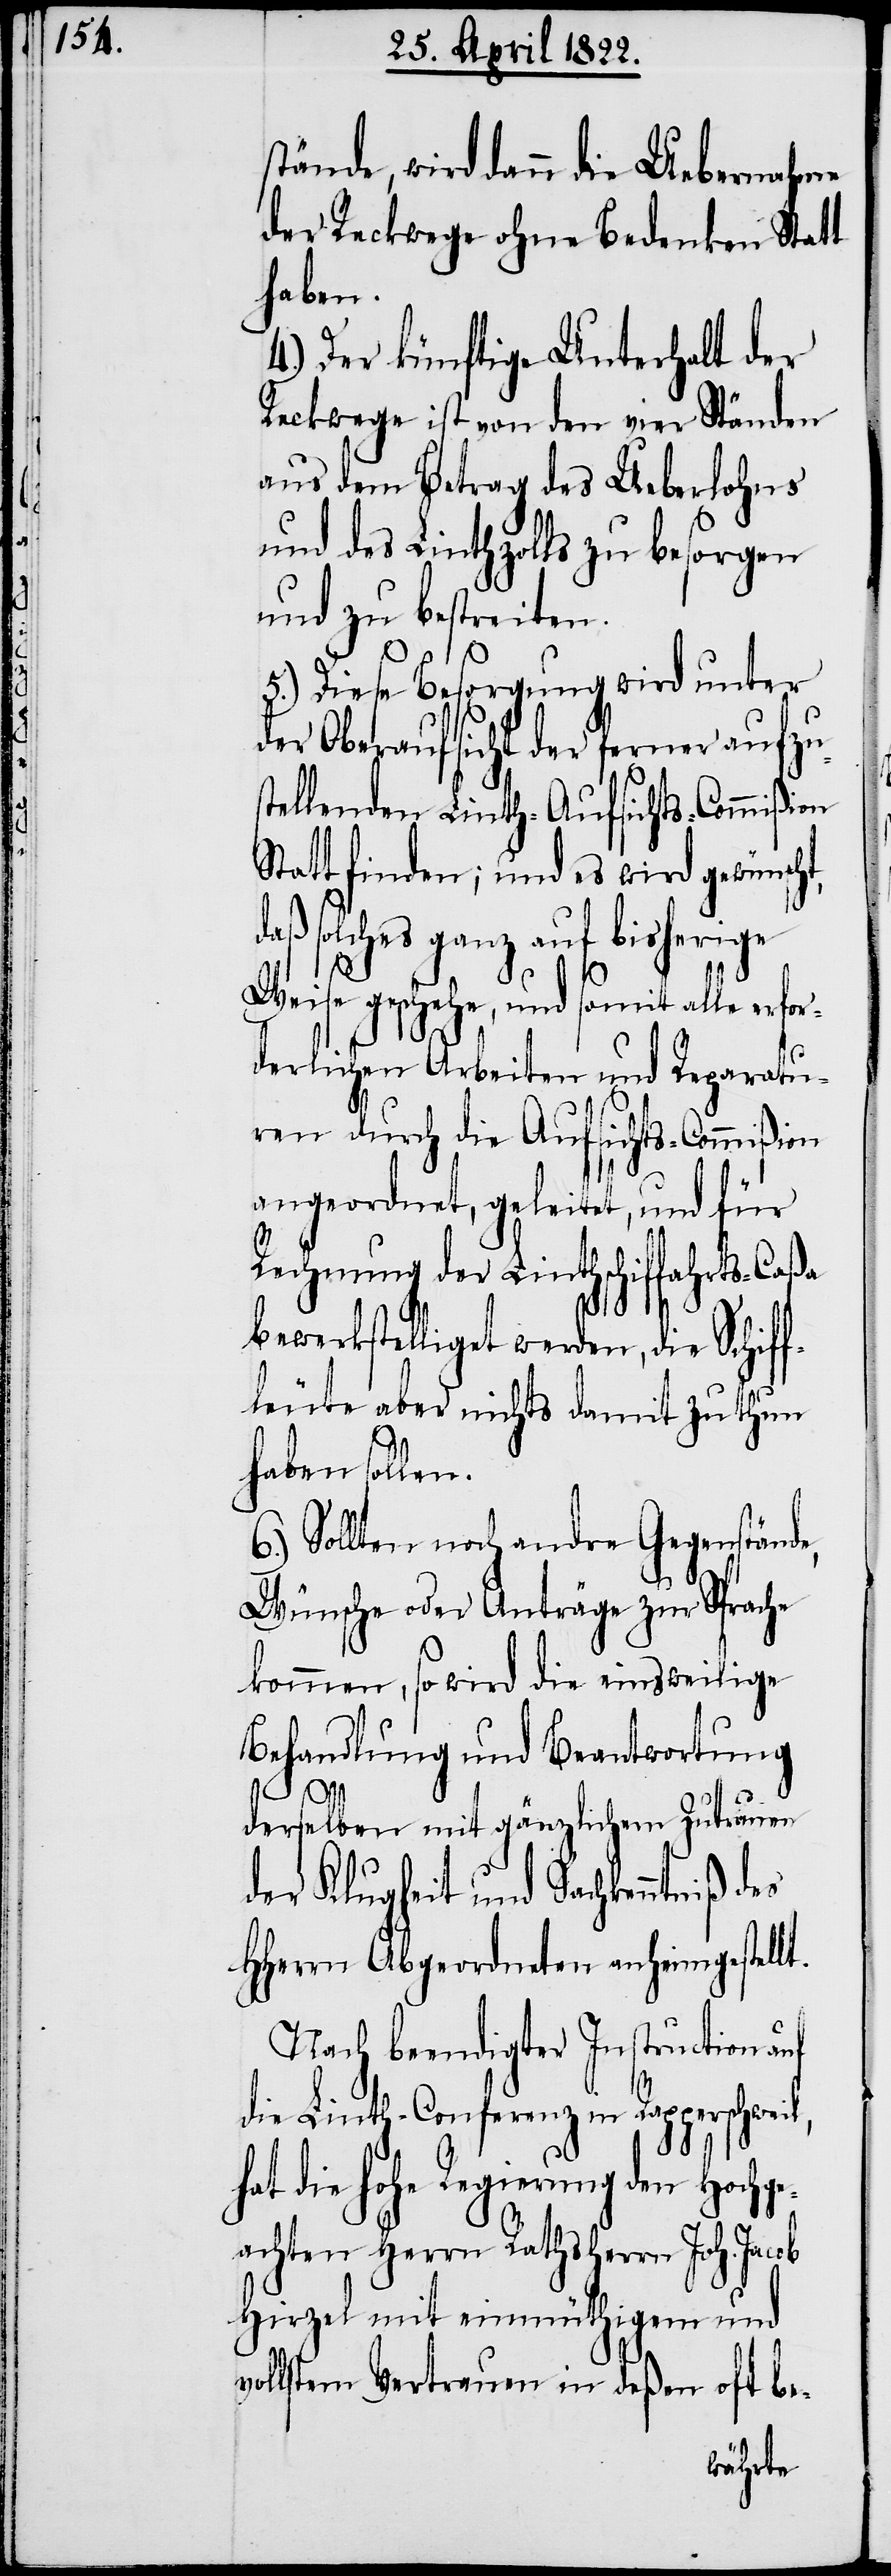
stände, wird dann die Uebernahme
der Reckwege ohne Bedenken Statt
haben.
4.) Der künftige Unterhalt der
Reckwege ist von den vier Ständen
aus dem Betrag des Ueberlohns
und des Linthzolls zu besorgen
und zu bestreiten.
5.) Diese Besorgung wird unter
der Oberaufsicht der ferner aufzu¬
tellenden Linth-Aufsichts-Commißion
Statt finden; und es wird gewünscht,
ß solches ganz auf bisherige
Weise geschehe, und somit alle erfor¬
derlichen Arbeiten und Reparatu¬
ren durch die Aufsichts-Commißion
angeordnet, geleitet, und für
Rechnung der Linthschiffahrts-Caßa
bewerkstelliget werden, die Schif¬
fleute aber nichts damit zu thun
haben sollen.
6.) Sollen noch andre Gegenstände,
Wünsche oder Anträge zur Sprache
kommen, so wird die einsweilige
Behandlung und Beantwortung
l,
derselben mit gänzlichem Zutrauen
der Klugheit und Sachkenntniß des
HHerrn Abgeordneten anheimgestellt.
Nach beendigter Instruction auf
die Linth-Conferenz in Rapperschwei¬
hat die hohe Regierung den Hochge¬
achten Herrn Rathsherrn Joh. Jacob
Hirzel mit einmüthigem und
vollstem Vertrauen in deßen oft be-